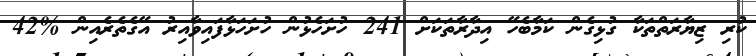
ކުރި ޒިޔާރަތްތަކާ ގުޅިގެން ކަމާބެހޭ އިދާރާތަކަށް 241 ހުށަހެޅުން ހުށަހަޅާފައިވާއިރު އޭގެތެރެއިން %42